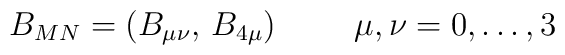
B_{MN}=(B_{\mu\nu},\,B_{4\mu})\hspace{1cm}\mu,\nu=0,\dots,3